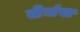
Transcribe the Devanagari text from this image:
लेजंस